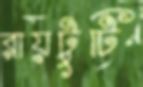
রায়টুটি